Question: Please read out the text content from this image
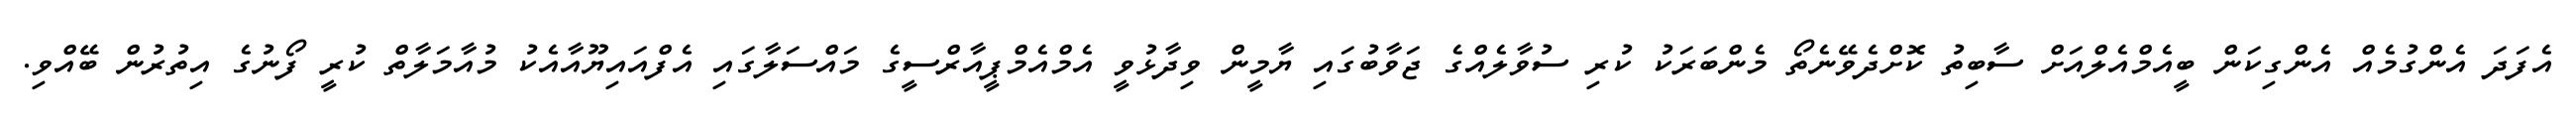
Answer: އެފަދަ އެންގުމެއް އެންގިކަން ބީއެމްއެލްއަށް ސާބިތު ކޮށްދެވޭނެތޯ މެންބަރަކު ކުރި ސުވާލެއްގެ ޖަވާބުގައި ޔާމީން ވިދާޅުވީ އެމްއެމްޕީއާރްސީގެ މައްސަލާގައި އެފްއައިޔޫއާއެކު މުއާމަލާތް ކުރީ ފޯނުގެ އިތުރުން ބޭއްވި.